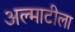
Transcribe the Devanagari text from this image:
अल्माटीला